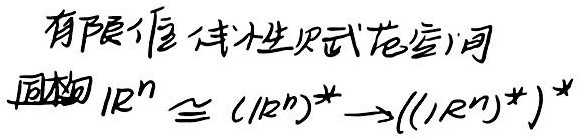
有限维线性赋范空间同构 $\mathbb{R}^n \cong (\mathbb{R}^n)^* \to ((\mathbb{R}^n)^*)^*$